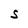
Character: s